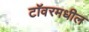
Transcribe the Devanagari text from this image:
टॉवरमधील